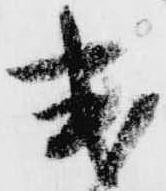
式